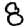
Digit: 8